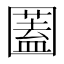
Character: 𡈮